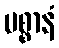
မစ္စာနံ